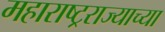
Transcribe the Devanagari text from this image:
महाराष्ट्रराज्याच्या